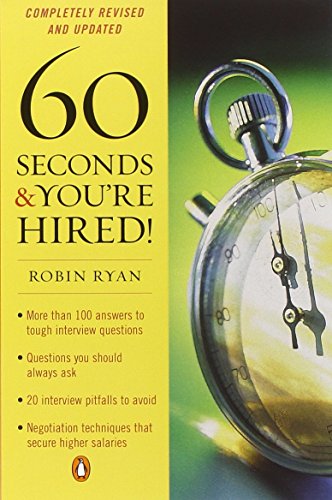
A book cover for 60 Seconds and You're Hired!; Robin Ryan; Business & Money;